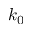
k _ { 0 }